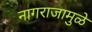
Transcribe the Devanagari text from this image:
नागराजामुळे